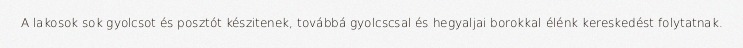
A lakosok sok gyolcsot és posztót készitenek, továbbá gyolcscsal és hegyaljai borokkal élénk kereskedést folytatnak.